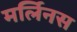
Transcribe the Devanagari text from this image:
मर्लिनस